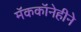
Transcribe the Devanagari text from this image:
मॅककॉनेहीने